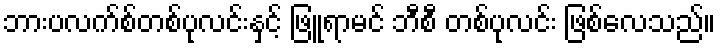
ဘားပလက်စ်တစ်ပုလင်းနှင့် ဖြူရာမင် ဘီစီ တစ်ပုလင်း ဖြစ်လေသည်။